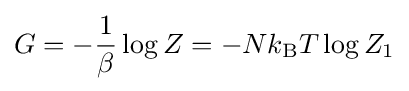
G=-{\frac {1}{\beta }}\log Z=-Nk_{\rm {B}}T\log Z_{1}